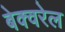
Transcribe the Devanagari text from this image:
बेक्वरेल